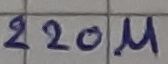
Text: 220µ